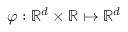
\varphi : \mathbb { R } ^ { d } \times \mathbb { R } \mapsto \mathbb { R } ^ { d }